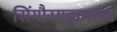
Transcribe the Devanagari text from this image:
सिंगौरगडावरून